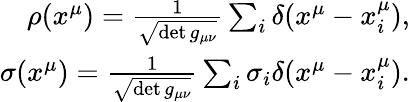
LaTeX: \begin{array}{r}{\rho(x^{\mu})=\frac{1}{\sqrt{\operatorname*{det}g_{\mu\nu}}}\sum_{i}\delta(x^{\mu}-x_{i}^{\mu}),}\\ {\sigma(x^{\mu})=\frac{1}{\sqrt{\operatorname*{det}g_{\mu\nu}}}\sum_{i}\sigma_{i}\delta(x^{\mu}-x_{i}^{\mu}).}\end{array}